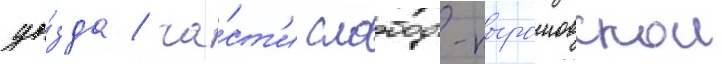
уе́зда / ча́ст'и слободо-пырошовскои